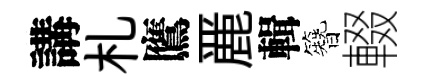
講札鷹䴡輯簪輟